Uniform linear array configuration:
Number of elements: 64
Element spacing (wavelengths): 1
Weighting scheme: uniform
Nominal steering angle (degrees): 0
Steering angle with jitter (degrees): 0.6401
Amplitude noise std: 0.05
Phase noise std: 0.05

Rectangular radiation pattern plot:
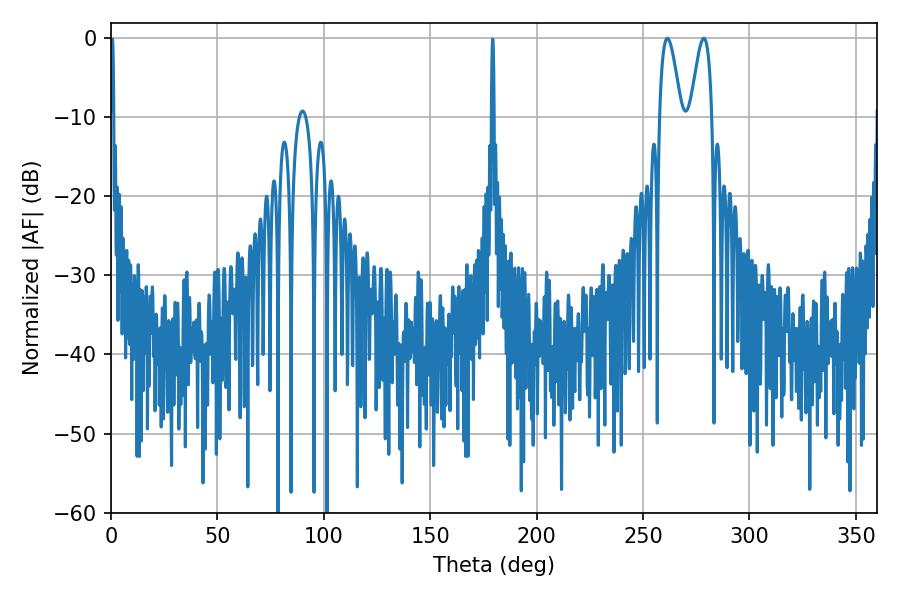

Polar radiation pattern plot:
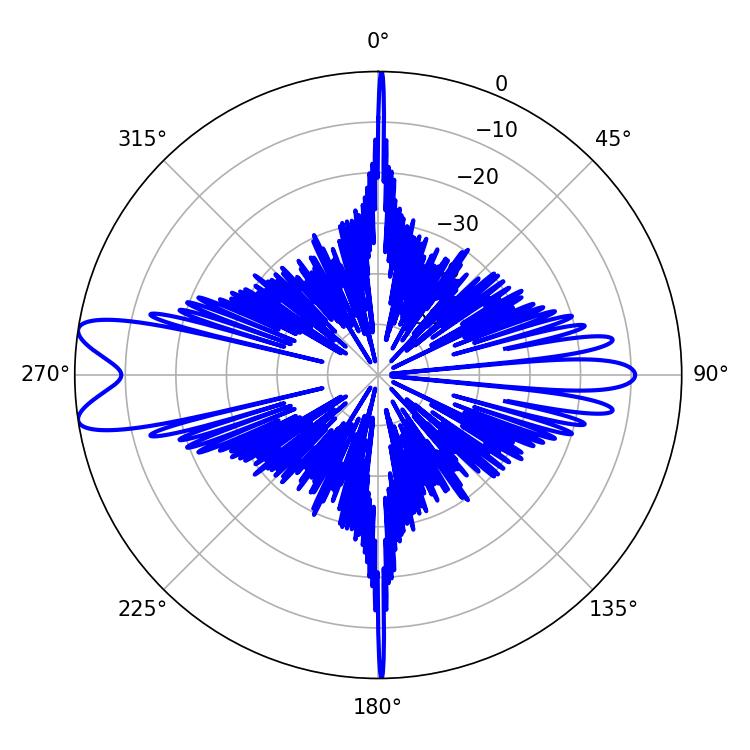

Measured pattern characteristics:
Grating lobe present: TRUE
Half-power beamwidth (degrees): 5.4
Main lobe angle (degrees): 261.36